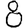
Digit: 8